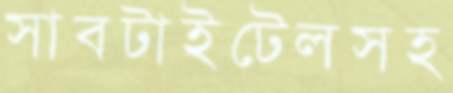
সাবটাইটেলসহ